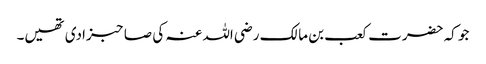
جو کہ حضرت کعب بن مالک رضی اللہ عنہ کی صاحبزادی تھیں۔